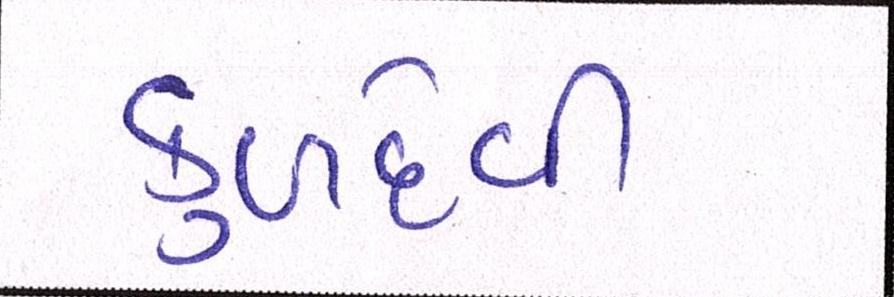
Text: કુળદેવી